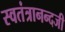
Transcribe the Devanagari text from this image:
स्वतंत्रानन्दजी